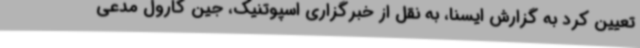
تعیین کرد به گزارش ایسنا، به نقل از خبرگزاری اسپوتنیک، جین کارول مدعی